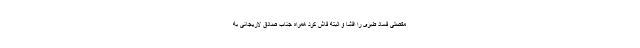
مفصلی فساد طبری را افشا و البته فاش کرد همراه جناب صادق لاریجانی به